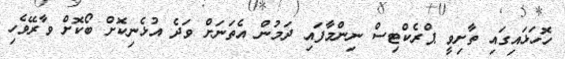
ހޮހަޅައިގައި ތާށިވީ ޕްރެކްޓިސް ނިންމާފައި ދަމުން އެތަނަށް ވަދެ އުޅެނިކޮށް ބޯކޮށް ވާރޭވެހި